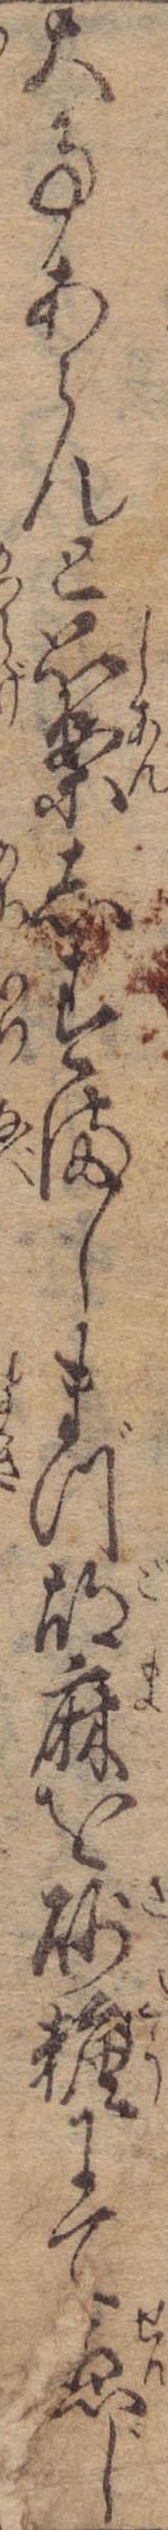
大事あらんと思案しすましまづ胡麻を砂糖にて煎じ